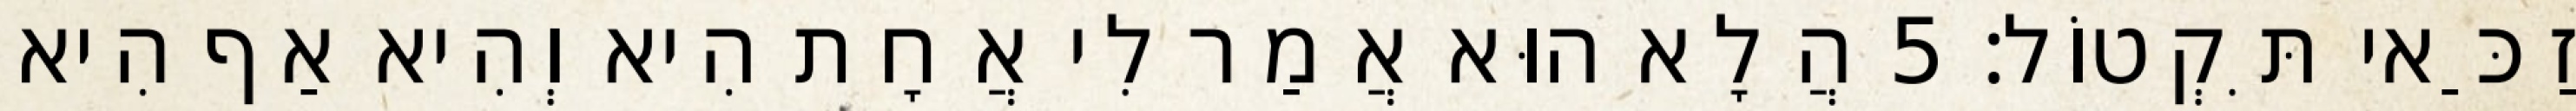
זַכַּאי תִּקְטוֹל׃ 5 הֲלָא הוּא אֲמַר לִי אֲחָת הִיא וְהִיא אַף הִיא